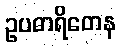
ဥပဓာရိတေန